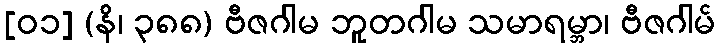
[၀၁] (နိ၊ ၃၈၈) ဗီဇဂါမ ဘူတဂါမ သမာရမ္ဘာ၊ ဗီဇဂါမ်